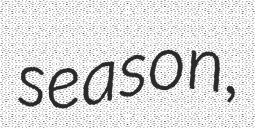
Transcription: season,